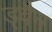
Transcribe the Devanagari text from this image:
ड्वैन